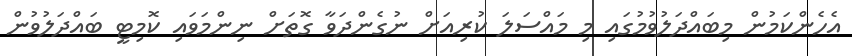
އެހެންކަމުން މިބައްދަލުވުމުގައި މި މައްސަލަ ކުރިއަށް ނުގެންދަވާ ގޮތަށް ނިންމަވައި ކޮމިޓީ ބައްދަލުވުން